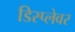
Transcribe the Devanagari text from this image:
डिस्प्लेवर